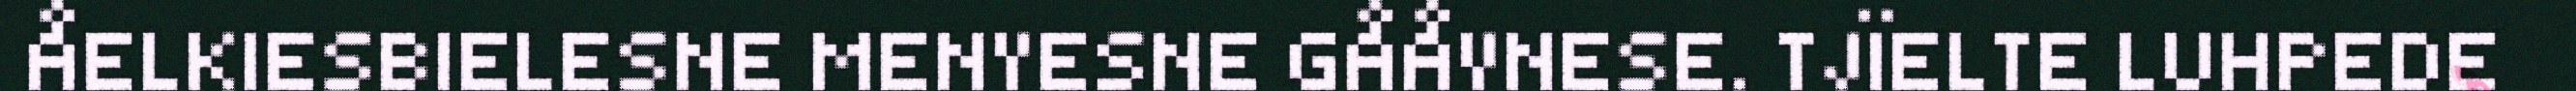
ÅELKIESBIELESNE MENYESNE GÅÅVNESE. TJÏELTE LUHPEDE